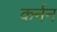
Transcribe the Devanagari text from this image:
कर्नन